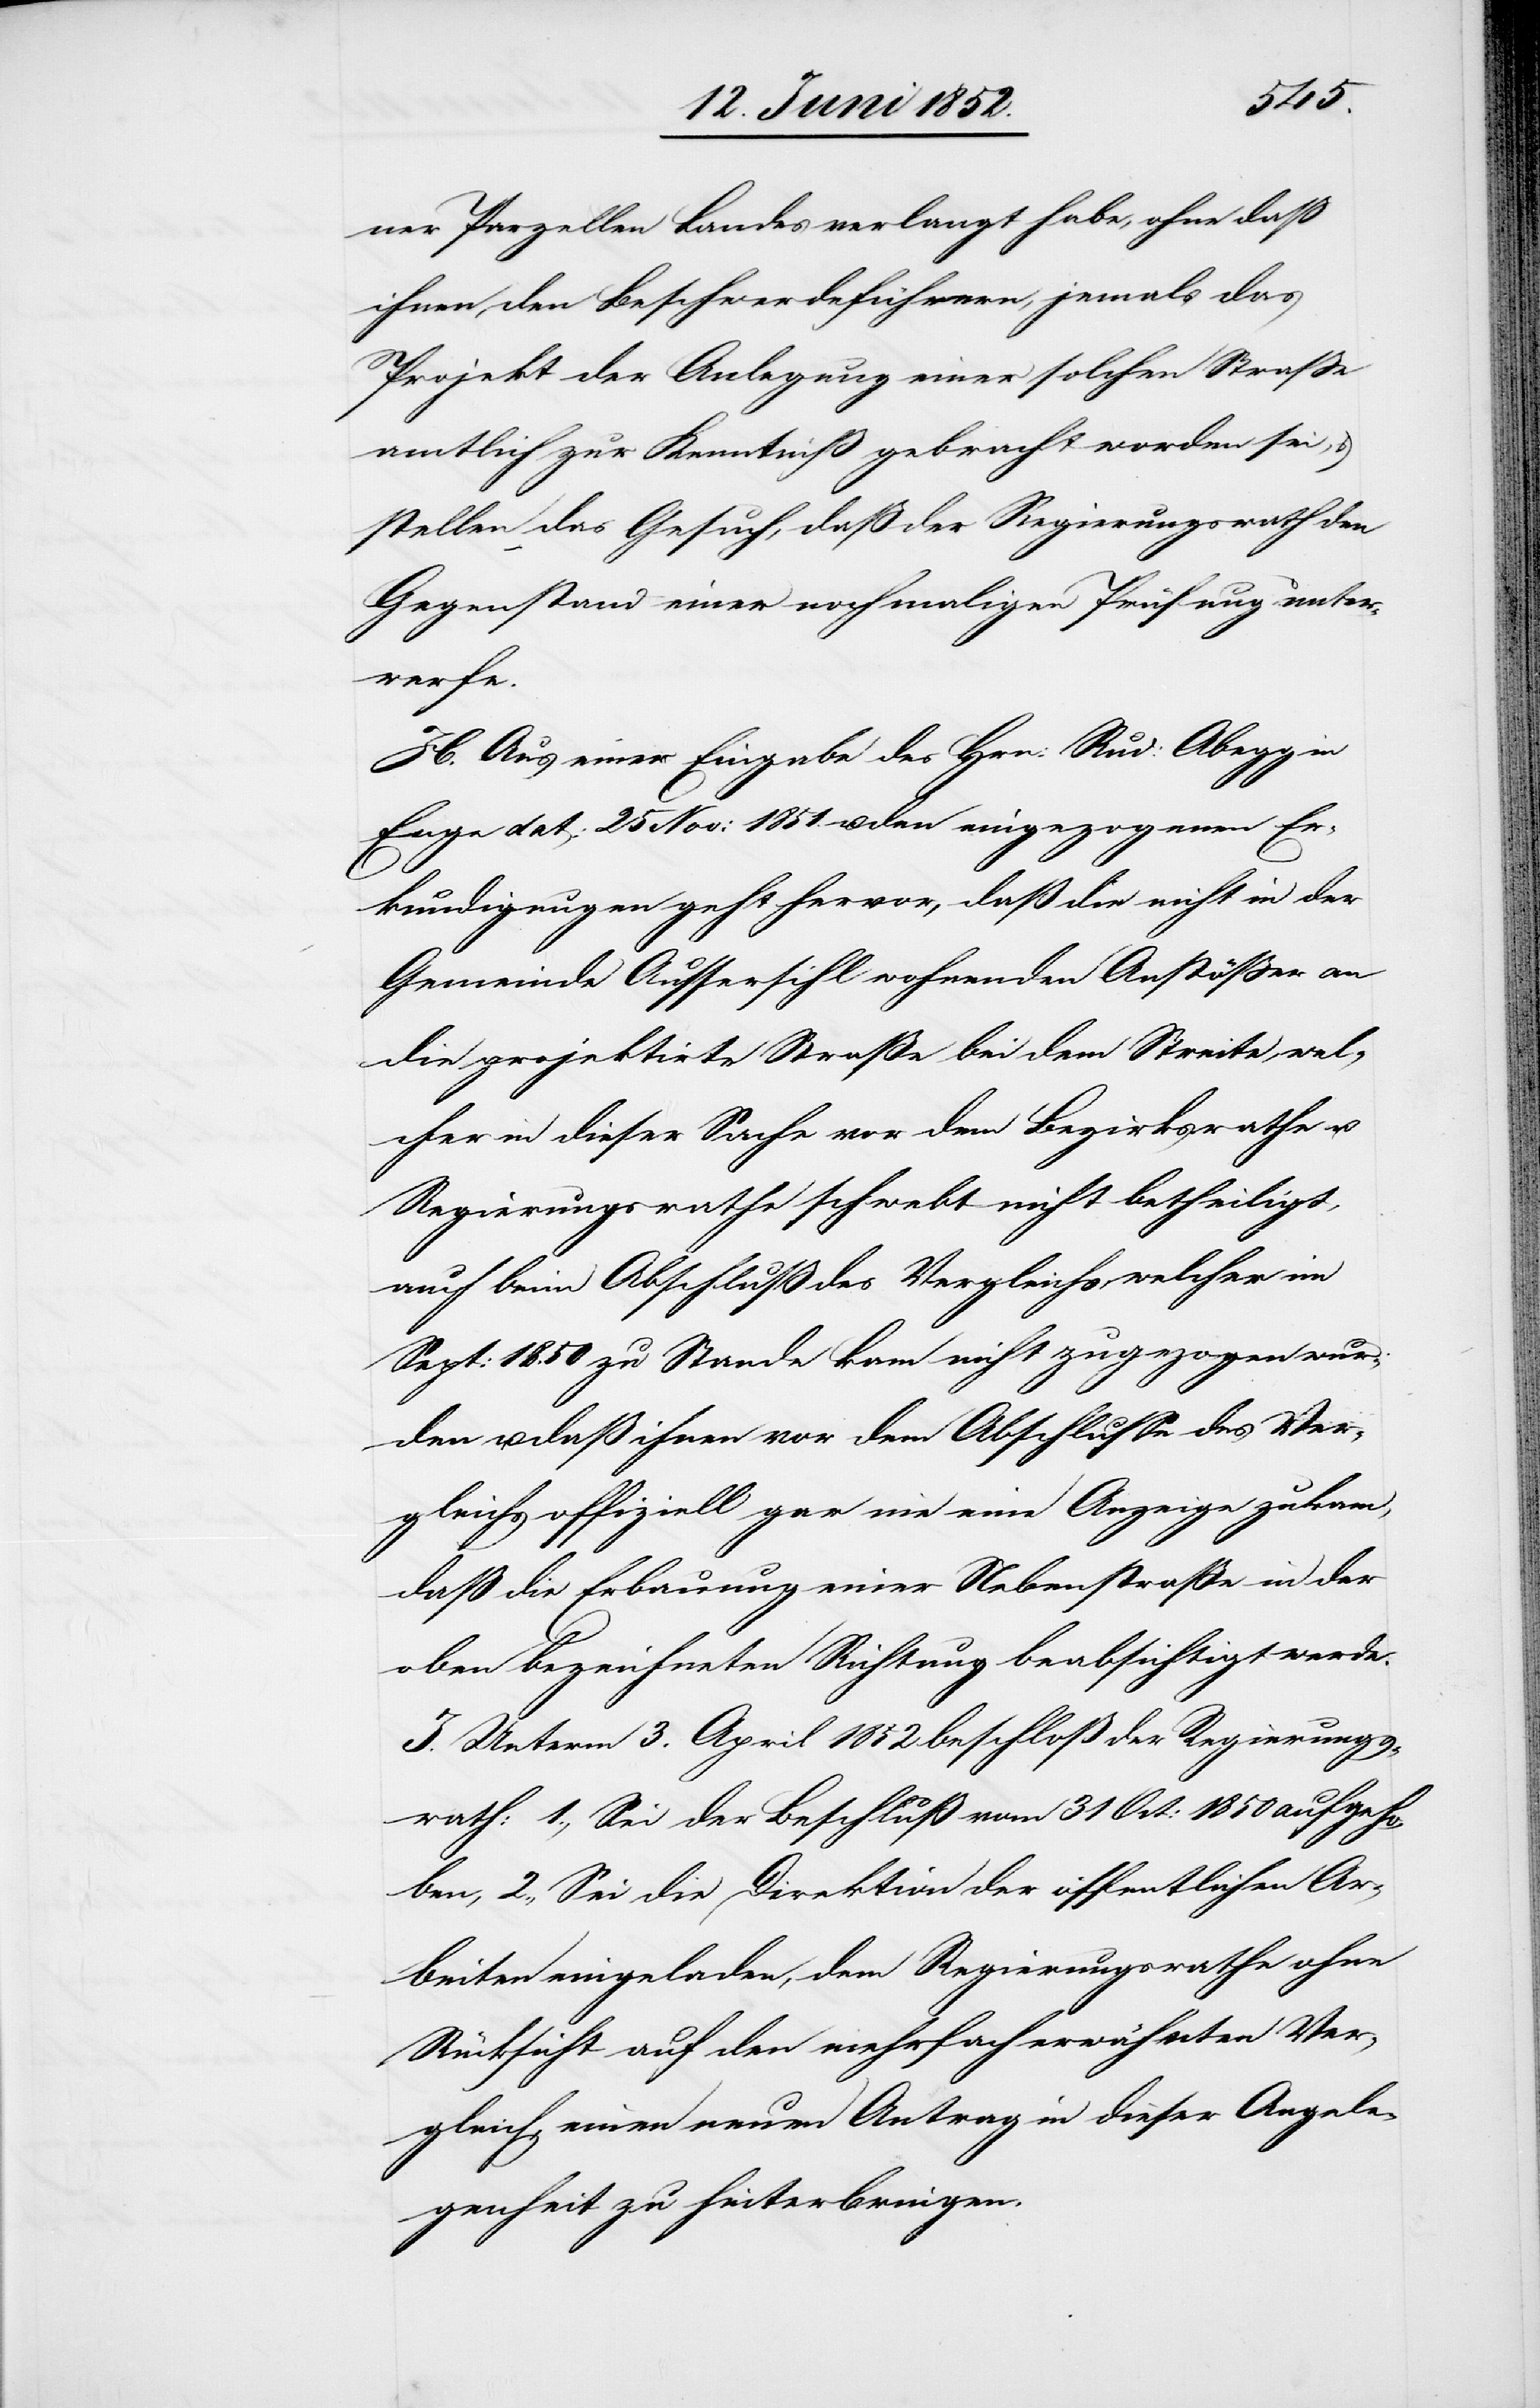
ner Parzellen Landes verlangt habe, ohne dass
ihnen, den Beschwerdeführern, jemals das
Projekt der Anlegung einer solchen Strasse
amtlich zur Kenntniß gebracht worden sei, &
stellen das Gesuch, daß der Regierungsrath den
Gegenstand einer nochmaligen Prüfung unter¬
werfe.
H. Aus einer Eingabe des Hrn: Rud: Abegg in
Enge dat: 25 Nov: 1851. u. den eingezogenen Er¬
kundigungen geht hervor, daß die nicht in der
Gemeinde Aussersihl wohnenden Anstößer an
die projektirte Straße bei dem Streite, wel¬
cher in dieser Sache vor dem Bezirksrathe u.
Regierungsrathe schwebt nicht betheiligt,
auch beim Abschluß des Vergleichs, welcher im
Sept: 1850 zu Stande kam nicht zugezogen wur¬
den u. daß ihnen vor dem Abschlusse des Ver¬
gleichs offiziell gar nie eine Anzeige zukam,
daß die Erbauung einer Nebenstraße in der
oben bezeichneten Richtung beabsichtigt werde.
I. Unterm 3. April 1852 beschloß der Regierungs¬
rath: 1., Sei der Beschluß vom 31 Oct: 1850 aufgeho¬
ben, 2., Sei die Direktion der öffentlichen Ar¬
beiten eingeladen, dem Regierungsrathe ohne
Rücksicht auf den mehrfach erwähnten Ver¬
gleich, einen neuen Antrag in dieser Angele¬
genheit zu hinterbringen.